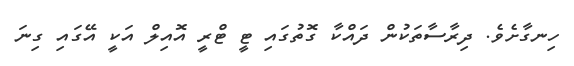
ހިނގާށެވެ. ދިރާސާތަކުން ދައްކާ ގޮތުގައި ޓީ ޓްރީ އޮއިލް އަކީ އޭގައި ގިނަ